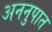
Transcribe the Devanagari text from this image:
अननुपात